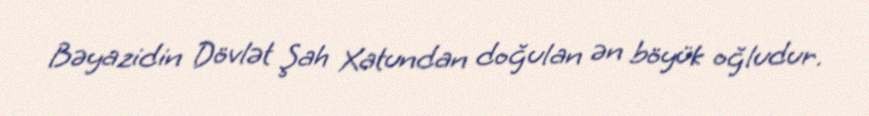
Bəyazidin Dövlət Şah Xatundan doğulan ən böyük oğludur.